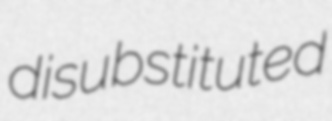
disubstituted